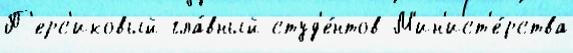
П'ерс'иковый гла́вный студ'е́нтов М'ин'ист'е́рства